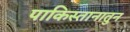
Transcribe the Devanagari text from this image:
पाकिस्तानातुन